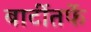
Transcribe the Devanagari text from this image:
बार्टीतर्फे